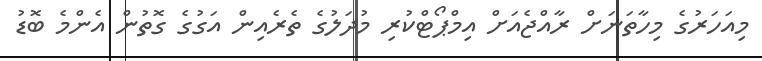
މިއަހަރުގެ މިހާތަނަށް ރާއްޖެއަށް އިމްޕޯޓްކުރި މުދަލުގެ ތެރެއިން އަގުގެ ގޮތުން އެންމެ ބޮޑު